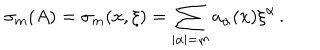
\sigma _ { m } ( A ) = \sigma _ { m } ( x , \xi ) = \sum _ { | \alpha | = m } a _ { \alpha } ( x ) { \xi } ^ { \alpha } \, .